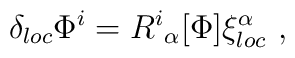
\delta_{ loc} \Phi^i = R^i{}_\alpha [\Phi] \xi^\alpha_{ loc}\ ,